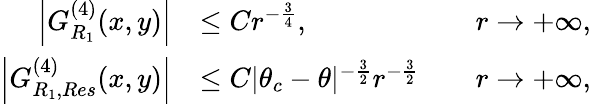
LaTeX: \begin{array}{rlrl}{\left|G_{R_{1}}^{(4)}(x,y)\right|}&{\leq Cr^{-\frac{3}{4}},}&&{r\to+\infty,}\\ {\left|G_{R_{1},Res}^{(4)}(x,y)\right|}&{\leq C|\theta_{c}-\theta|^{-\frac{3}{2}}r^{-\frac{3}{2}}}&&{r\to+\infty,}\end{array}